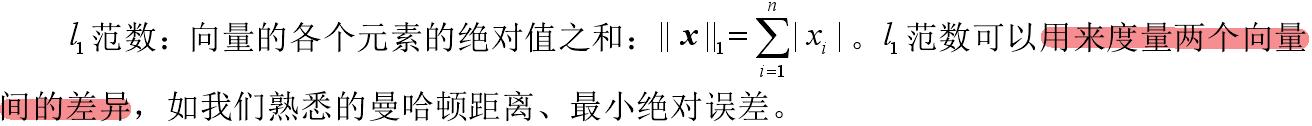
$l_1$ 范数：向量的各个元素的绝对值之和：$\|\boldsymbol{x}\|_1 = \sum_{i = 1}^{n} |x_i|$。$l_1$ 范数可以用来度量两个向量间的差异，如我们熟悉的曼哈顿距离、最小绝对误差。